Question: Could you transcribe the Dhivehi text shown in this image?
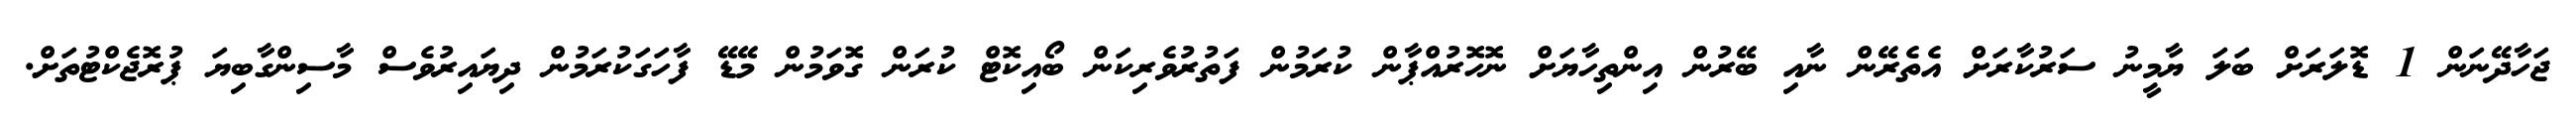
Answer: ޖަހާދޭނަން 1 ޑޮލަރަށް ބަލަ ޔާމީނު ސަރުކާރަށް އެތެރޭން ނާއި ބޭރުން އިންތިހާޔަށް ނޮހޮރުއްޕާން ކުރަމުން ފަތުރުވެރިކަން ބޯއިކޮޓް ކުރަން ގޮވަމުން މޭޑޭ ފާހަގަކުރަމުން ދިޔައިރުވެސް މާސިންގާބިޔަ ޕުރޮޖެކްޓުތަށް.